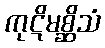
ကုဋိမစ္ဆိသံ